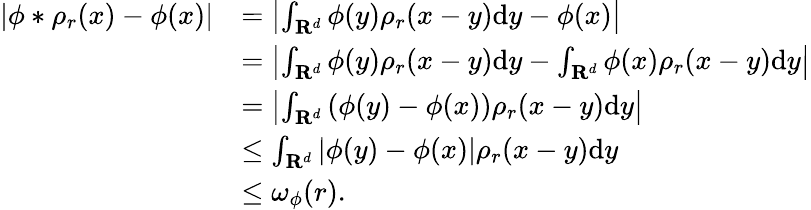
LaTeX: \begin{array}{rl}{\left|\phi\ast\rho_{r}(x)-\phi(x)\right|}&{=\left|\int_{\mathbf{R}^{d}}\phi(y)\rho_{r}(x-y)\mathrm{d}y-\phi(x)\right|}\\ &{=\left|\int_{\mathbf{R}^{d}}\phi(y)\rho_{r}(x-y)\mathrm{d}y-\int_{\mathbf{R}^{d}}\phi(x)\rho_{r}(x-y)\mathrm{d}y\right|}\\ &{=\left|\int_{\mathbf{R}^{d}}\left(\phi(y)-\phi(x)\right)\rho_{r}(x-y)\mathrm{d}y\right|}\\ &{\le\int_{\mathbf{R}^{d}}\left|\phi(y)-\phi(x)\right|\rho_{r}(x-y)\mathrm{d}y}\\ &{\le\omega_{\phi}(r).}\end{array}